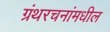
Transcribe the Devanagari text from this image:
ग्रंथरचनांमधील